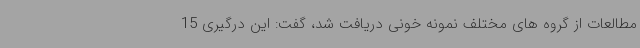
مطالعات از گروه های مختلف نمونه خونی دریافت شد، گفت: این درگیری 15